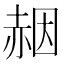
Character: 𧹢